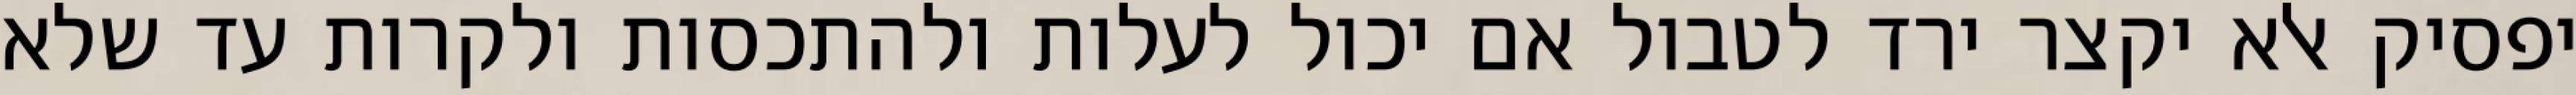
יפסיק אלא יקצר ירד לטבול אם יכול לעלות ולהתכסות ולקרות עד שלא